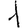
Digit: 1